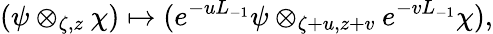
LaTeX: (\psi\otimes_{\zeta,z}\chi)\mapsto(e^{-uL_{-1}}\psi\otimes_{\zeta+u,z+v}e^{-vL_{-1}}\chi),